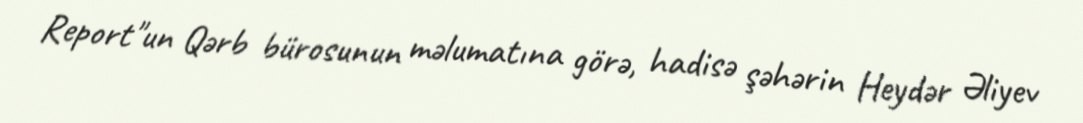
Report"un Qərb bürosunun məlumatına görə, hadisə şəhərin Heydər Əliyev